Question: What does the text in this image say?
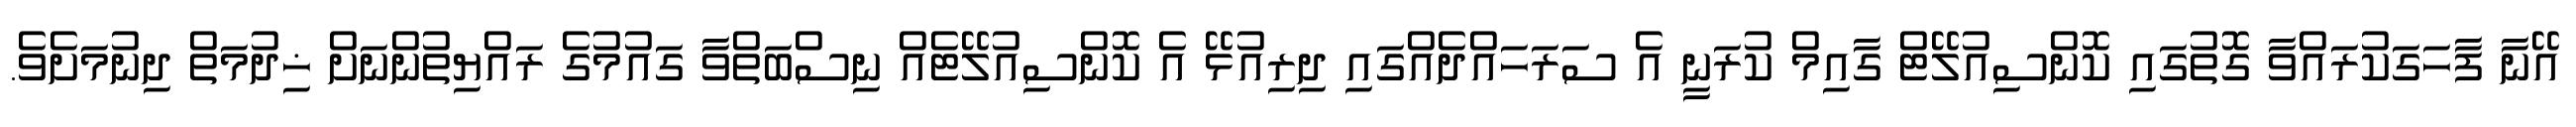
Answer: އޭނާ ފާހަގަކުރައްވާ ގޮތުގައި ކޮންސިއުލޭޓް ގާއިމް ކުރަނީ އެ ސަރަހައްދެއްގައި ދިރިއުޅޭ އެ ކޮންސިއުލޭޓެއް ނިސްބަތްވާ ގައުމުގެ ރައްޔިތުންނަށް ޚިދުމަތް ދިނުމަށެވެ.